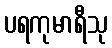
ပရကုမာရီသု